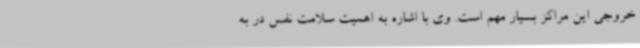
خروجی این مراکز بسیار مهم است. وی با اشاره به اهمیت سلامت نفس در به